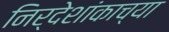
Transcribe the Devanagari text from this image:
निर्देशांकाच्या